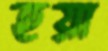
হয়া